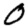
Digit: 0